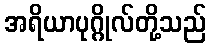
အရိယာပုဂ္ဂိုလ်တို့သည်